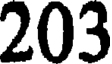
203